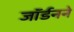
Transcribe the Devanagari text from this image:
जॉर्डनने